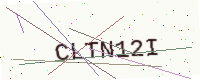
Text: CLTN12I